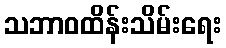
သဘာဝထိန်းသိမ်းရေး